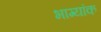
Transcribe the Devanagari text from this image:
भाग्यांक